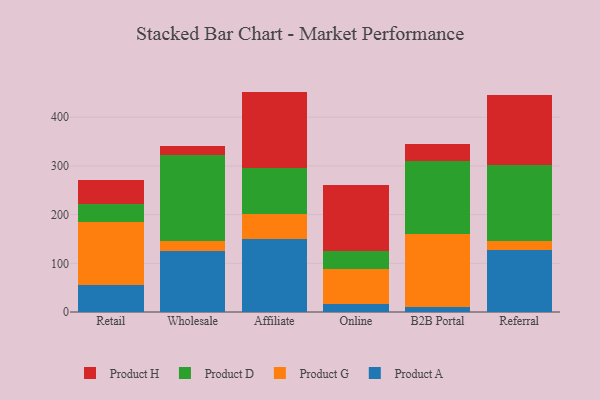
{"axis": {"x": "Channel", "y": "LTV (USD)"}, "legend": ["Product A", "Product D", "Product G", "Product H"], "data": [{"x": "Retail", "y": 55.3, "type": "Product A"}, {"x": "Retail", "y": 128.8, "type": "Product G"}, {"x": "Retail", "y": 37.1, "type": "Product D"}, {"x": "Retail", "y": 50.0, "type": "Product H"}, {"x": "Wholesale", "y": 125.7, "type": "Product A"}, {"x": "Wholesale", "y": 19.1, "type": "Product G"}, {"x": "Wholesale", "y": 177.3, "type": "Product D"}, {"x": "Wholesale", "y": 19.0, "type": "Product H"}, {"x": "Affiliate", "y": 149.1, "type": "Product A"}, {"x": "Affiliate", "y": 51.8, "type": "Product G"}, {"x": "Affiliate", "y": 93.8, "type": "Product D"}, {"x": "Affiliate", "y": 157.9, "type": "Product H"}, {"x": "Online", "y": 16.2, "type": "Product A"}, {"x": "Online", "y": 71.3, "type": "Product G"}, {"x": "Online", "y": 38.8, "type": "Product D"}, {"x": "Online", "y": 134.5, "type": "Product H"}, {"x": "B2B Portal", "y": 10.6, "type": "Product A"}, {"x": "B2B Portal", "y": 150.4, "type": "Product G"}, {"x": "B2B Portal", "y": 149.3, "type": "Product D"}, {"x": "B2B Portal", "y": 34.3, "type": "Product H"}, {"x": "Referral", "y": 128.3, "type": "Product A"}, {"x": "Referral", "y": 18.0, "type": "Product G"}, {"x": "Referral", "y": 156.6, "type": "Product D"}, {"x": "Referral", "y": 143.0, "type": "Product H"}]}